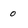
Character: 0